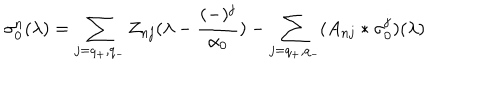
\sigma _ { 0 } ^ { n } ( \lambda ) = \sum _ { j = q _ { + } , q _ { - } } Z _ { n j } ( \lambda - { \frac { ( - ) ^ { j } } { \alpha _ { 0 } } } ) - \sum _ { j = q _ { + } , q _ { - } } ( A _ { n j } * \sigma _ { 0 } ^ { j } ) ( \lambda )